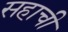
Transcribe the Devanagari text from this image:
सहाची